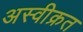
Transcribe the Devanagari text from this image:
अस्वीक्रत